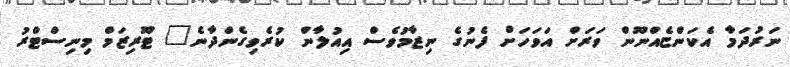
ނަރުދަމާ އެކަންޏެއްނޫން ވަރަށް އަވަހަށް ފެނުގެ ނިޒާމުވެސް އިއުލާން ކުރެވިގެންދާނެ" ޓޫރިޒަމް މިނިސްޓްރު